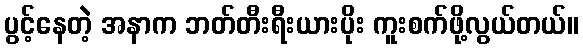
ပွင့်နေတဲ့ အနာက ဘတ်တီးရီးယားပိုး ကူးစက်ဖို့လွယ်တယ်။